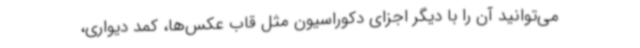
می‌توانید آن را با دیگر اجزای دکوراسیون مثل قاب عکس‌ها، کمد دیواری،